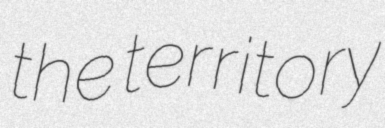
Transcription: the territory